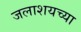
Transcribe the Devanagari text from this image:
जलाशयच्या